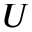
U